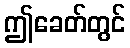
ဤခေတ်တွင်